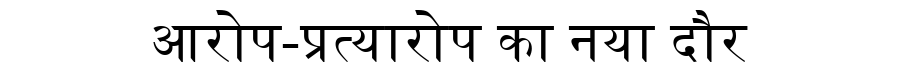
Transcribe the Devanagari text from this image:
आरोप-प्रत्यारोप का नया दौर